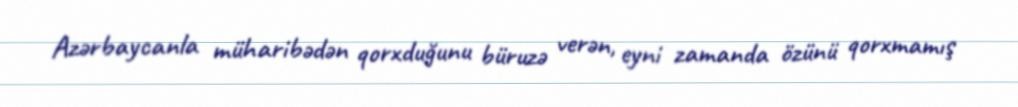
Azərbaycanla müharibədən qorxduğunu büruzə verən, eyni zamanda özünü qorxmamış